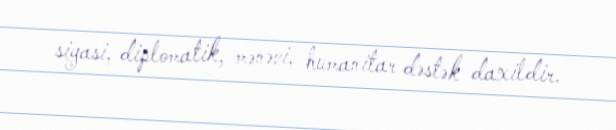
siyasi, diplomatik, mənəvi, humanitar dəstək daxildir.